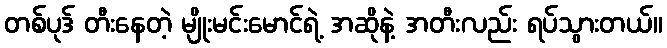
တစ်ပုဒ် တီးနေတဲ့ မျိုးမင်းမောင်ရဲ့ အဆိုနဲ့ အတီးလည်း ရပ်သွားတယ်။